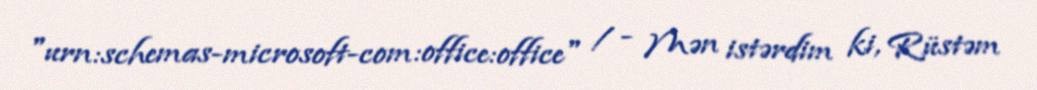
"urn:schemas-microsoft-com:office:office" / - Mən istərdim ki, Rüstəm